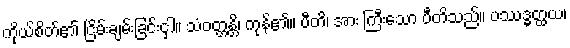
ကိုယ်စိတ်၏ ငြိမ်းချမ်းခြင်းငှါ။ သံဝတ္တန္တိ၊ ကုန်၏။ ပီတိ၊ အား ကြီးသော ပီတိသည်။ ပဿဒ္ဓတ္ထယ၊